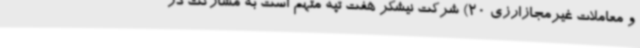
و معاملات غیرمجازارزی 20) شرکت نیشکر هفت تپه متهم است به مشارکت در